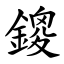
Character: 鎫